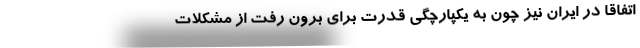
اتفاقاً در ایران نیز چون به یکپارچگی قدرت برای برون رفت از مشکلات